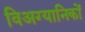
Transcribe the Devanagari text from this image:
विअग्यानिकों